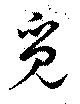
覓